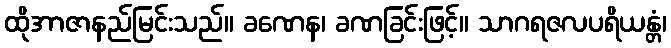
ထိုအာဇာနည်မြင်းသည်။ ခဏေန၊ ခဏခြင်းဖြင့်။ သာဂရဇလပရိယန္တံ၊